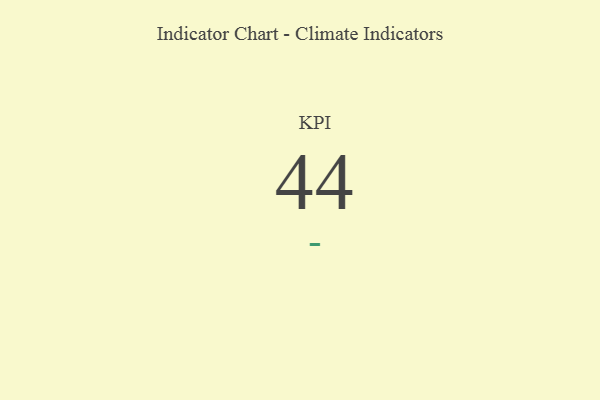
{"axis": {"x": "KPI", "y": "Value"}, "legend": [""], "data": [{"x": "KPI", "y": 44, "type": ""}]}